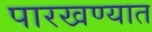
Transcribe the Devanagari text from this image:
पारखण्यात